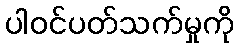
ပါဝင်ပတ်သက်မှုကို